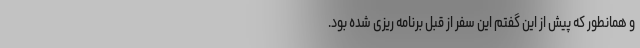
و همانطور که پیش از این گفتم این سفر از قبل برنامه ریزی شده بود.